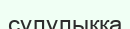
сұлулыққа